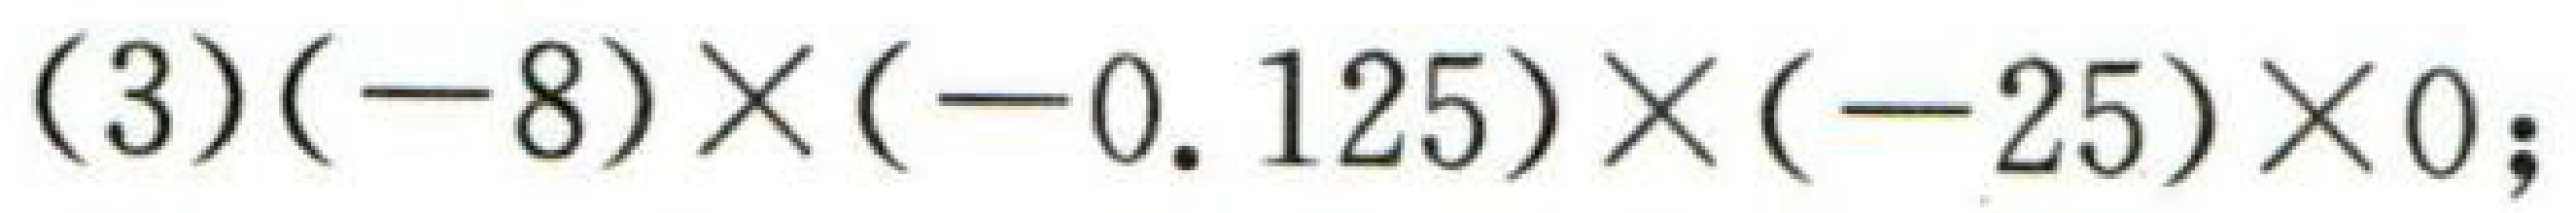
(3)$(-8)\times(-0.125)\times(-25)\times0;$